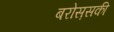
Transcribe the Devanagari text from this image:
बरोस़सकी